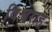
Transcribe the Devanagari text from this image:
विश्वराह